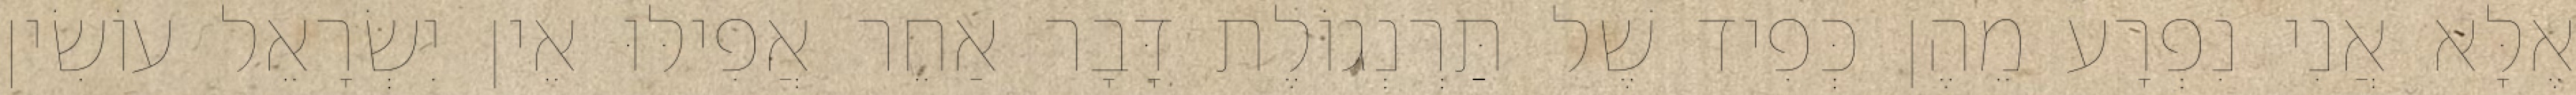
אֶלָּא אֲנִי נִפְרָע מֵהֶן כְּפִיד שֶׁל תַּרְנְגוֹלֶת דָּבָר אַחֵר אֲפִילּוּ אֵין יִשְׂרָאֵל עוֹשִׂין